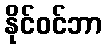
နိုင်ဝင်ဘာ